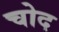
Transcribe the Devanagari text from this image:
चोद